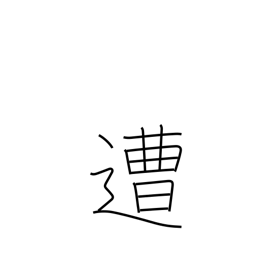
Meaning: encounter